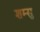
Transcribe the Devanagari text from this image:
शम्सु